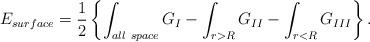
LaTeX: \begin{align*}E_{\small surface} = {1\over2} \left\{ \int_{\small all~space} G_I - \int_{r>R} G_{II} - \int_{r<R} G_{III} \right\}.\end{align*}